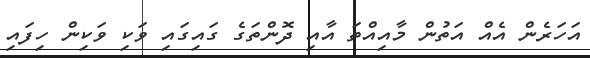
އަހަރެން އެއް އަތުން މާއިއްތަ އާއި ދޮންތަގެ ގައިގައި ވަކި ވަކިން ހިފައި